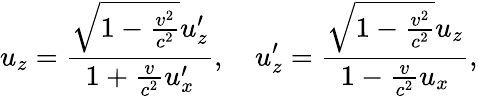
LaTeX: u_{z}={\frac{{\sqrt{1-{\frac{v^{2}}{c^{2}}}}}u_{z}^{\prime}}{1+{\frac{v}{c^{2}}}u_{x}^{\prime}}},\quad u_{z}^{\prime}={\frac{{\sqrt{1-{\frac{v^{2}}{c^{2}}}}}u_{z}}{1-{\frac{v}{c^{2}}}u_{x}}},